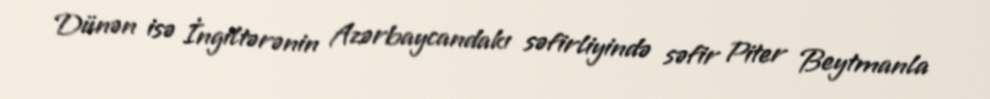
Dünən isə İngiltərənin Azərbaycandakı səfirliyində səfir Piter Beytmanla